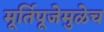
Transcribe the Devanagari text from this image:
मूर्तिपूजेमुळेच